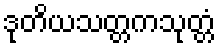
ဒုတိယသတ္တကသုတ္တံ